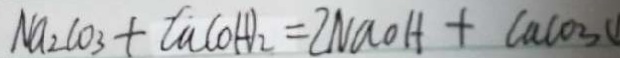
N a _ { 2 } C O _ { 3 } + C a ( O H ) _ { 2 } = 2 N a O H + C a C O _ { 3 }